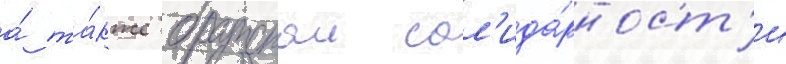
а́ та́кже братскои сол'ида́рност'и